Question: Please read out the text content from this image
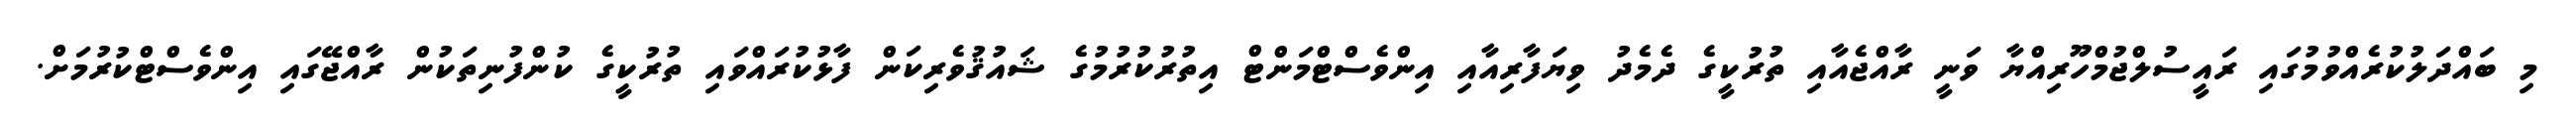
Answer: މި ބައްދަލުކުރެއްވުމުގައި ރައީސުލްޖުމްހޫރިއްޔާ ވަނީ ރާއްޖެއާއި ތުރުކީގެ ދެމެދު ވިޔަފާރިއާއި އިންވެސްޓްމަންޓް އިތުރުކުރުމުގެ ޝައުޤުވެރިކަން ފާޅުކުރައްވައި ތުރުކީގެ ކުންފުނިތަކުން ރާއްޖޭގައި އިންވެސްޓްކުރުމަށް.